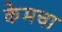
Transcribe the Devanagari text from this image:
केमचा